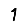
Digit: 1